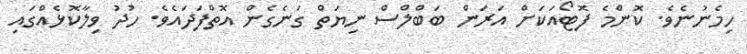
ހިމެނުނެވެ. ކޮންމެ ފޮޓޯއަކަށް އަރަން ބަބްލްސް ނިޔަތް ގަނެގެން އޮތްފަދައެވެ. ހުދު ވިލާކޮޅެއްގައި